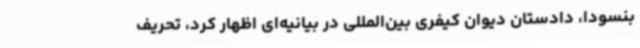
بنسودا، دادستان دیوان کیفری بین‌المللی در بیانیه‌ای اظهار کرد، تحریف